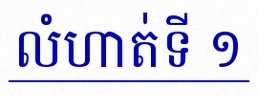
លំហាត់ទី ១